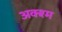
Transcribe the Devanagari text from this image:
अक्श्म